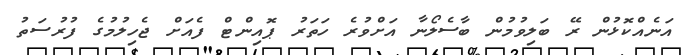
އަނެއްކޮޅުން ރޭ ބަލިވުމުން ބާސެލޯނާ އަށްވުރެ ހަތަރު ޕޮއިންޓް ފެއަށް ޖެހިލުމުގެ ފުރުސަތު